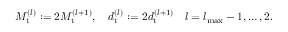
\begin{array} { r } { M _ { \mathrm { t } } ^ { ( l ) } : = 2 M _ { \mathrm { t } } ^ { ( l + 1 ) } , \quad d _ { \mathrm { t } } ^ { ( l ) } : = 2 d _ { \mathrm { t } } ^ { ( l + 1 ) } \quad l = { l _ { { \mathrm { m a x } } } } - 1 , \ldots , 2 . } \end{array}